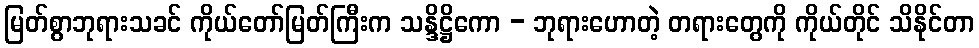
မြတ်စွာဘုရားသခင် ကိုယ်တော်မြတ်ကြီးက သန္ဒိဋ္ဌိကော - ဘုရားဟောတဲ့ တရားတွေကို ကိုယ်တိုင် သိနိုင်တာ